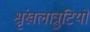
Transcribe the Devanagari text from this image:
श्रृंखलात्रुटियों